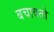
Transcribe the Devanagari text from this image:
बचावतो